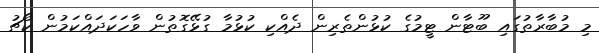
މި މުބާރާތުގައި ބޫޓާން ޓީމުގެ ކުޅުންތެރިން ދެއްކި ކުޅުމާ ގުޅޭގޮތުން ވާހަކަދައްކަމުން ކޯޗު